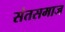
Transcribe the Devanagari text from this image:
संतसमाज